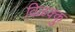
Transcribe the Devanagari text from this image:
विळक्कु